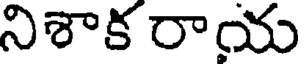
నిశాక రాయ